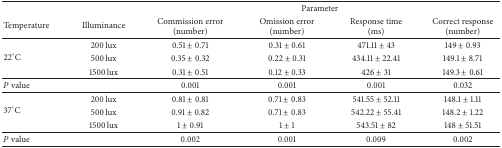
| <ROWSPAN=2> Temperature | <ROWSPAN=2> Illuminance | <COLSPAN=4> Parameter |
 | Commission error (number) | Omission error (number) | Response time (ms) | Correct response (number) |
 | --- | --- | --- | --- | --- | --- |
 | <ROWSPAN=3> 22°C | 200 lux | 0.51 ± 0.71 | 0.31 ± 0.61 | 471.11 ± 43 | 149 ± 0.93 |
 | 500 lux | 0.35 ± 0.32 | 0.22 ± 0.31 | 434.11 ± 22.41 | 149.1 ± 8.71 |
 | 1500 lux | 0.31 ± 0.51 | 0.12 ± 0.33 | 426 ± 31 | 149.3 ± 0.61 |
 | P value |  | 0.001 | 0.001 | 0.001 | 0.032 |
 | <ROWSPAN=3> 37°C | 200 lux | 0.81 ± 0.81 | 0.71 ± 0.83 | 541.55 ± 52.11 | 148.1 ± 1.11 |
 | 500 lux | 0.91 ± 0.82 | 0.71 ± 0.83 | 542.22 ± 55.41 | 148.2 ± 1.22 |
 | 1500 lux | 1 ± 0.91 | 1 ± 1 | 543.51 ± 82 | 148 ± 51.51 |
 | P value |  | 0.002 | 0.001 | 0.009 | 0.002 |